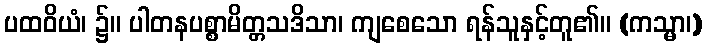
ပထဝိယံ၊ ၌။ ပါတနပစ္စာမိတ္တသဒိသာ၊ ကျစေသော ရန်သူနှင့်တူ၏။ (ကသ္မာ၊)